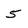
Character: 5